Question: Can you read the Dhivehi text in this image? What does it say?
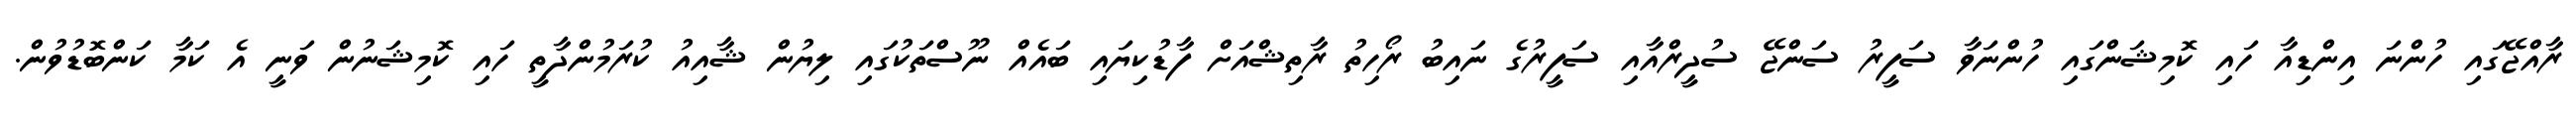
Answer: ރާއްޖޭގައި ހުންނަ އިންޑިއާ ހައި ކޮމިޝަންގައި ހުންނަވާ ސަފީރު ސަންޖޭ ސުދީރްއާއި ސަފީރުގެ ނައިބު ރޯހިތު ރާތިޝްއަށް ފާޑުކިޔައި ބައެއް ނޫސްތަކުގައި ލިޔުން ޝާއިއު ކުރަމުންދާތީ ހައި ކޮމިޝަނުން ވަނީ އެ ކަމާ ކަންބޮޑުވުން.